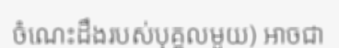
ចំណេះដឹងរបស់បុគ្គលមួយ) អាចជា